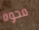
فجوة